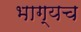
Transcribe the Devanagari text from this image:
भाग्यच